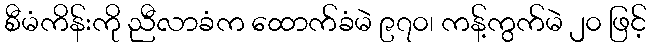
စီမံကိန်းကို ညီလာခံက ထောက်ခံမဲ ၉၇၀၊ ကန့်ကွက်မဲ ၂၀ ဖြင့်